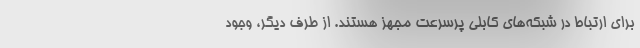
برای ارتباط در شبکه‌های کابلی پرسرعت مجهز هستند. از طرف دیگر، وجود